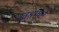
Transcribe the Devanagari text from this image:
स्वश्रमाने